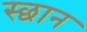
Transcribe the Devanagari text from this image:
स्छान